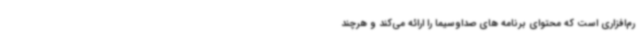
رم‌افزاری است که محتوای برنامه های صداوسیما را ارائه می‌کند و هرچند